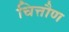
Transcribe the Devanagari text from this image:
चित्तौण